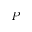
P -